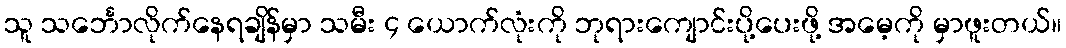
သူ သင်္ဘောလိုက်နေရချိန်မှာ သမီး ၄ ယောက်လုံးကို ဘုရားကျောင်းပို့ပေးဖို့ အမေ့ကို မှာဖူးတယ်။